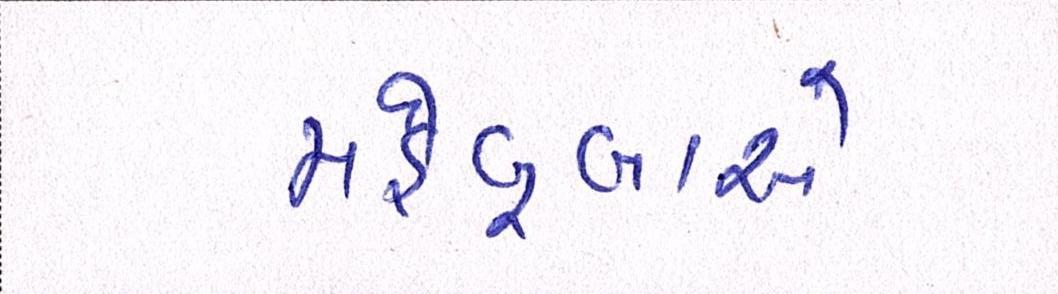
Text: મહેબૂબાએ